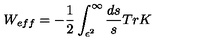
W _ { e f f } = - { \frac { 1 } { 2 } } \int _ { \epsilon ^ { 2 } } ^ { \infty } { \frac { d s } { s } } T r K